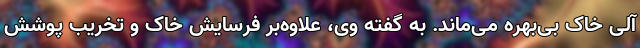
آلی خاک بی‌بهره می‌ماند. به گفته وی، علاوه‌بر فرسایش خاک و تخریب پوشش